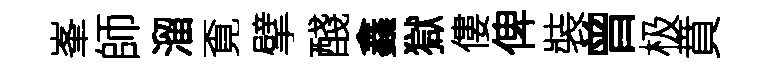
峯師溜覔擘醆鑫獄僂俾裝曾极賁